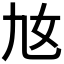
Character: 𡚪